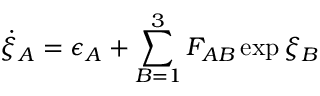
\dot { \xi } _ { A } = \epsilon _ { A } + \sum _ { B = 1 } ^ { 3 } F _ { A B } \exp \xi _ { B }